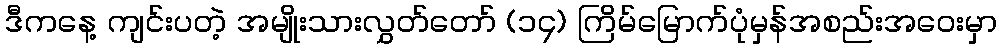
ဒီကနေ့ ကျင်းပတဲ့ အမျိုးသားလွှတ်တော် (၁၄) ကြိမ်မြောက်ပုံမှန်အစည်းအဝေးမှာ